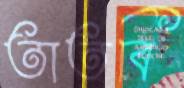
তাতবি